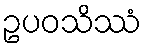
ဥပဝသိဿံ